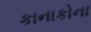
કાનાકોના